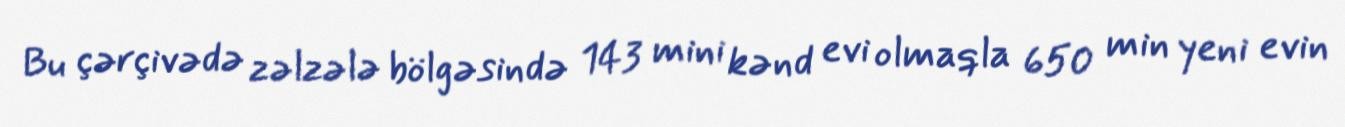
Bu çərçivədə zəlzələ bölgəsində 143 mini kənd evi olmaqla 650 min yeni evin